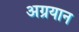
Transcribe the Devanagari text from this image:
अग्रयान